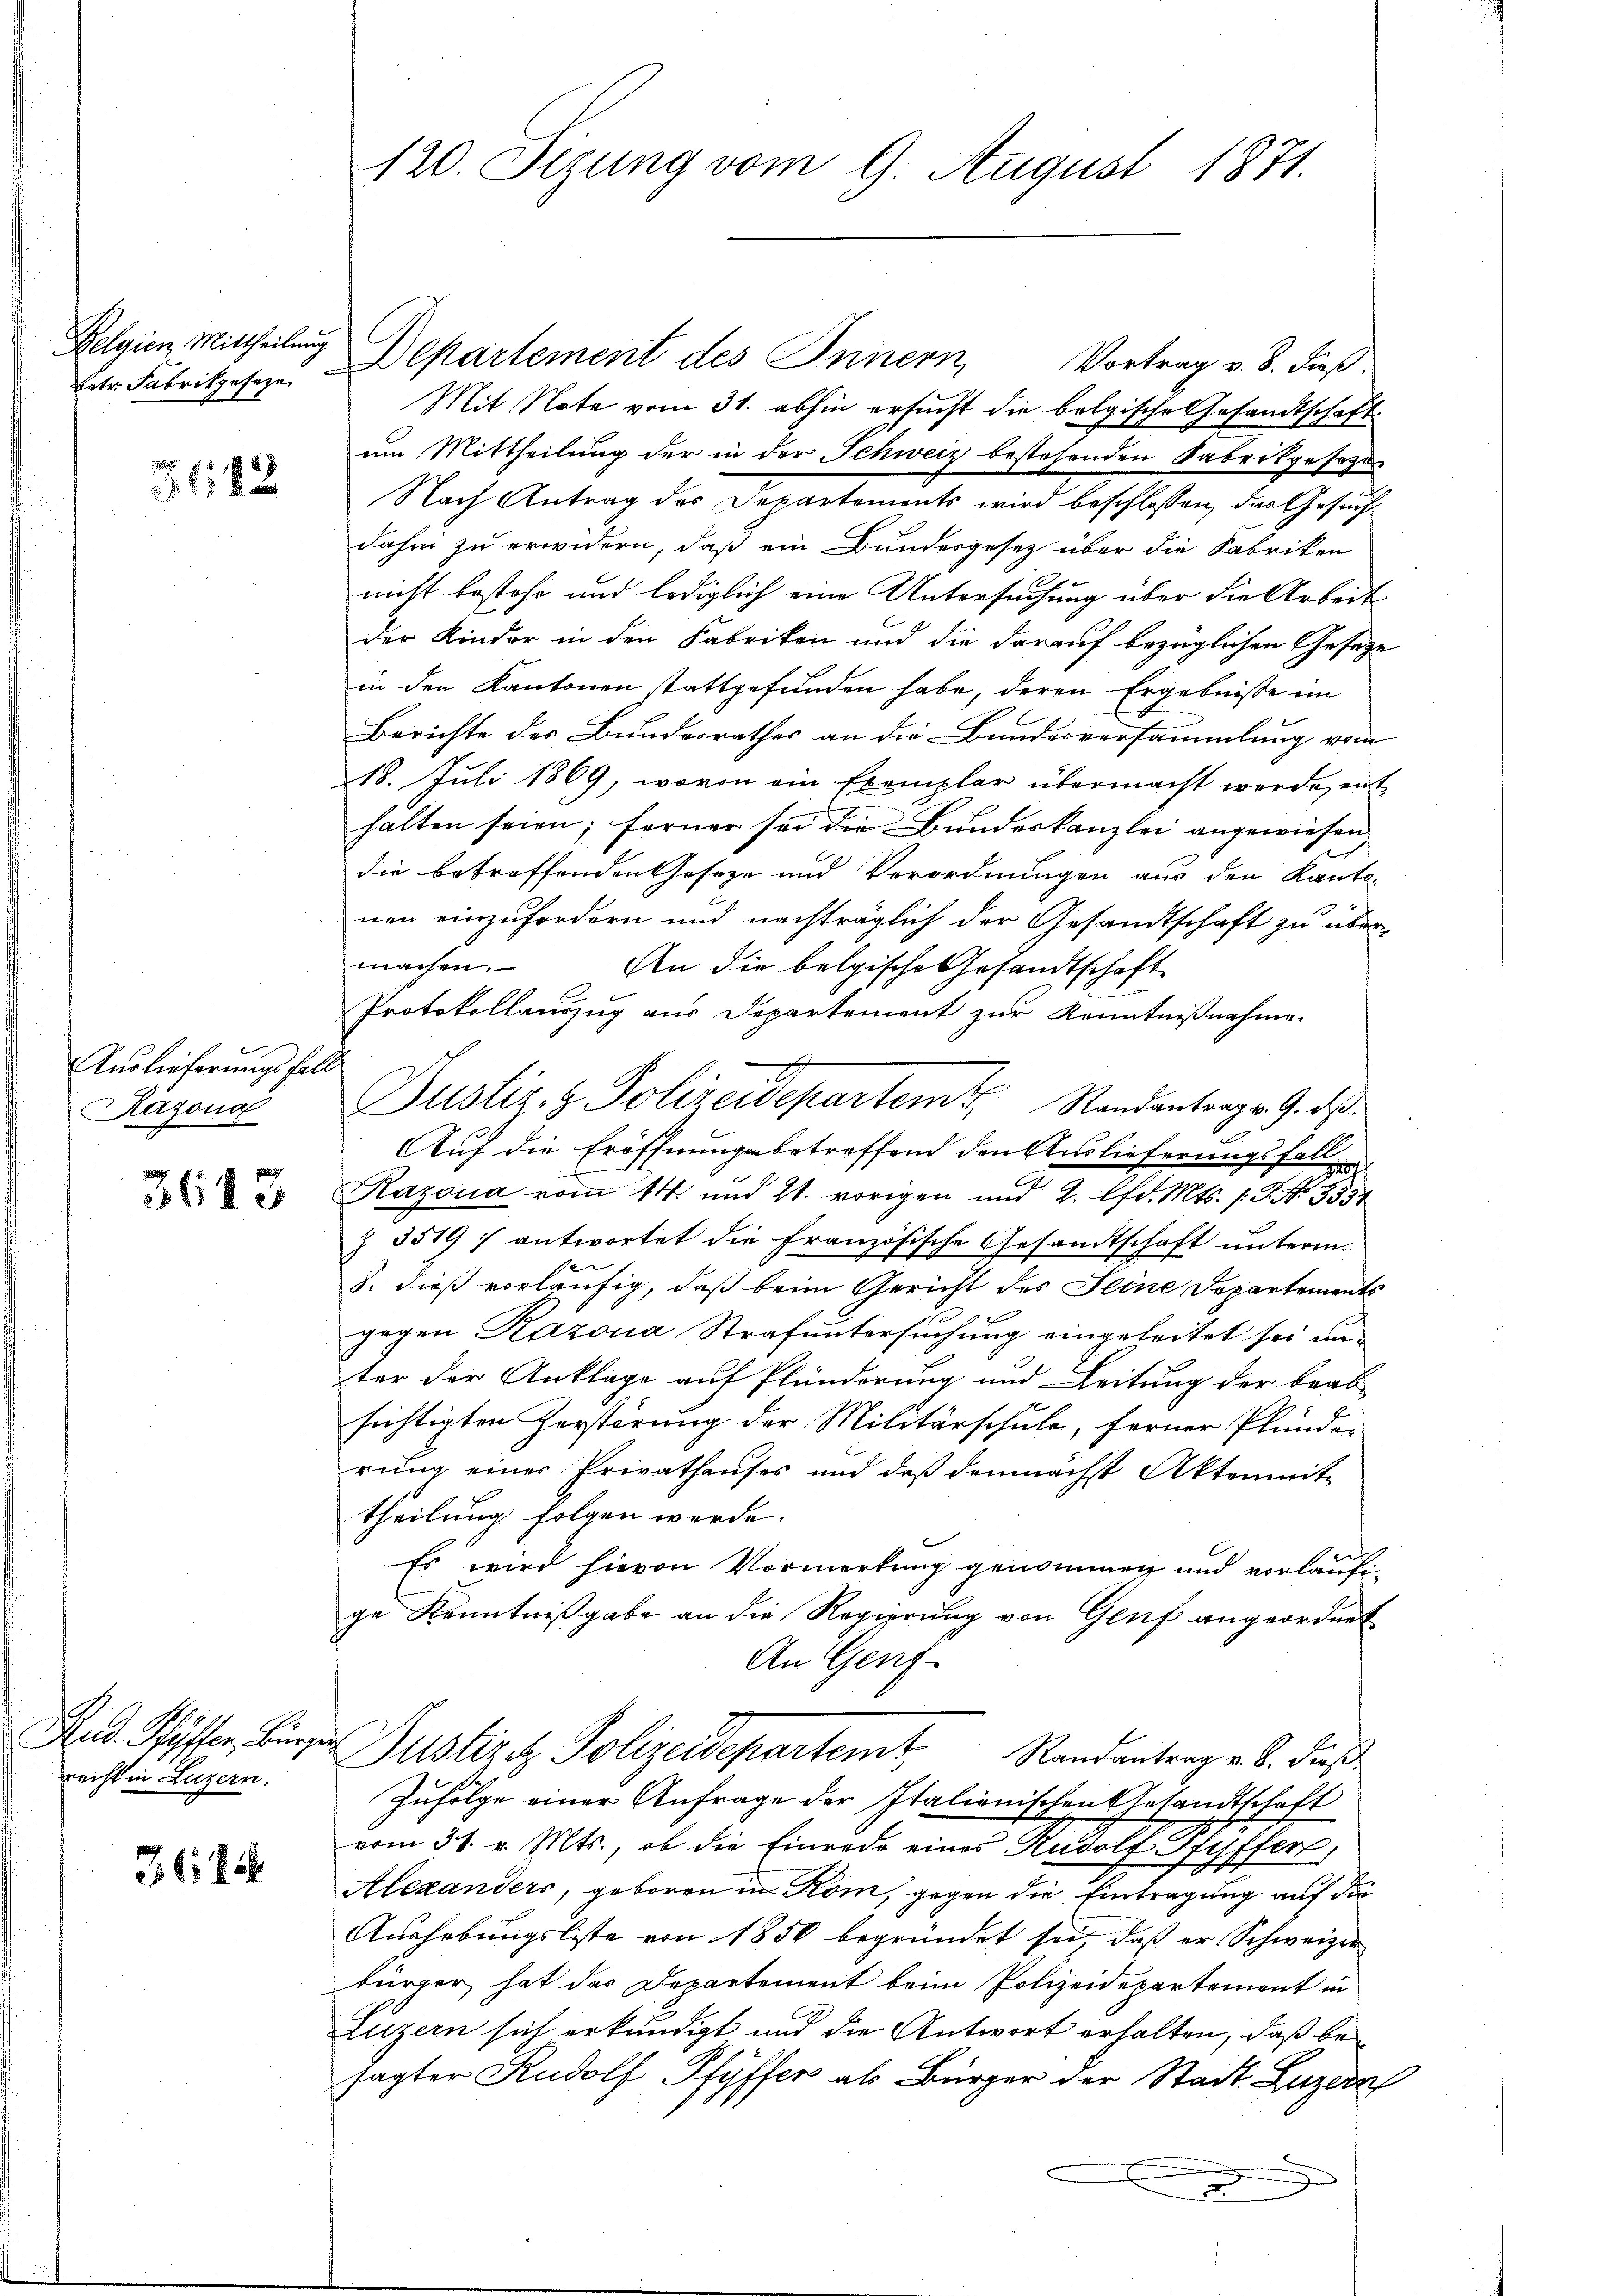
Belgien Mittheilung
betr. Fabrikgeseze

3682

Auslieferungsfall
Razona

3613

recht in Luzern.

3615

120. Sizung vom 9. August 1871.

Departement des Innern,
Vortrag v. 8. Fuß.
Mit Note vom 31. abhin ersucht die belgische Gesandtschaft
um Mittheilung der in der Schweiz bestehenden Fabrikgesezen
Nach Antrag des Departements wird beschlossen, das Gesucht
dahin zu erwidern, daß ein Bundesgesetz über die Fabriken
nicht bestehe und lediglich eine Untersuchung über die Arbeit
der Kinder in den Fabriken und die darauf bezüglichen Gesetze
in den Kantonen stattgefunden habe, deren Ergebnisse im
Berichte des Bundesrathes an die Bundesversammlung vom
18. Juli 1869, wovon ein Exemplar übermacht werde, enthalten seien; ferner sei die Bundeskanzlei angewiesen,
die betroffenden Geseze und Verordnungen aus den Kanto-
nen einzufordern und nachträglich der Gesandtschaft zu über-
machen.
An die belgische Gesandtschaft
Protokollauszug aus Departement zur Kenntnißnahme.
Justiz- & Polizeidepartem Standentrags 9. des
Auf die Eröffnungsbetreffend den Auslieferungsfal¬
Kazona vom 14. und 21. vorigen und 2. lfd. Mts. 1. P. Nr. 9554
Z 3519 f antwortet die französische Gesandtschaft unterm
§. dieß vorläufig, daß beim Gericht des Seine Departements
gegen Razona Strafuntersuchung eingeleitet sei un
ter der Anklage auf Plünderung und Leitung der beab
x
sichtigten Zerstörung der Militärschule, ferner Plünde
rung einer Privathauses und daß demnächst Aktenmittheilung folgen werde.
Es wird hievon Vormerkung genommen und vorläufige Kenntnißgabe an die Regierung von Genf angeordnet
An Genf
Red. Pöster, Bürger Justiret Polizeidepartemt Randantrag e S. dieß
Zufolge einer Anfrage der Italionischen Gesandtschaft
vom 31. v. Mts., ob die Einrede eines Rudolf Pfyffer,
Alexanders, geboren in Kom, gegen die Eintragung auf die
Aushebungsliste von 1850 begründet sei, daß er Schweizer
bürger hat das Departement beim Polizeidepartement in
Luzern sich erkundigt und die Antwort erhalten, daß besagter Rudolf Pfyffer als Bürger der Stadt Luzern